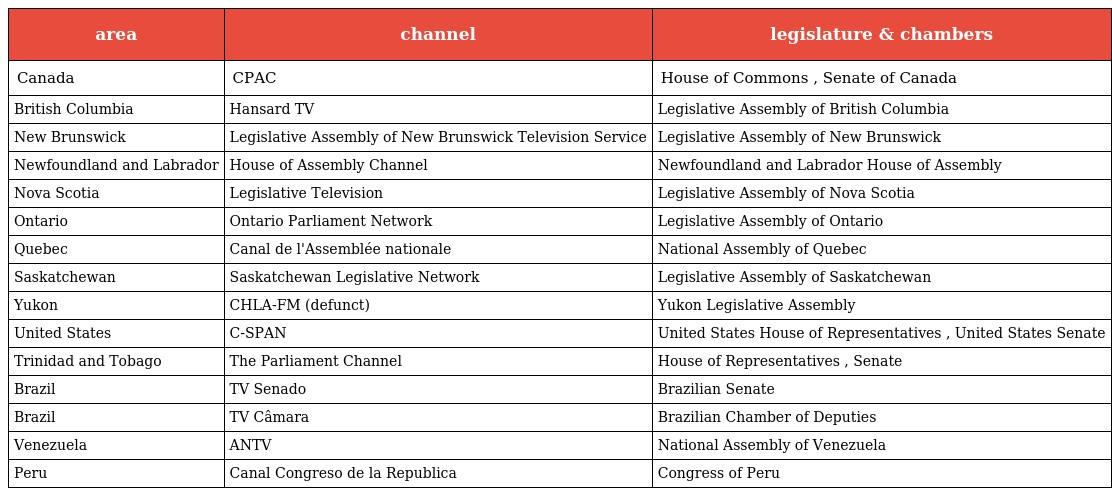
| area | channel | legislature & chambers |
 | --- | --- | --- |
 | Canada | CPAC | House of Commons , Senate of Canada |
 | British Columbia | Hansard TV | Legislative Assembly of British Columbia |
 | New Brunswick | Legislative Assembly of New Brunswick Television Service | Legislative Assembly of New Brunswick |
 | Newfoundland and Labrador | House of Assembly Channel | Newfoundland and Labrador House of Assembly |
 | Nova Scotia | Legislative Television | Legislative Assembly of Nova Scotia |
 | Ontario | Ontario Parliament Network | Legislative Assembly of Ontario |
 | Quebec | Canal de l'Assemblée nationale | National Assembly of Quebec |
 | Saskatchewan | Saskatchewan Legislative Network | Legislative Assembly of Saskatchewan |
 | Yukon | CHLA-FM (defunct) | Yukon Legislative Assembly |
 | United States | C-SPAN | United States House of Representatives , United States Senate |
 | Trinidad and Tobago | The Parliament Channel | House of Representatives , Senate |
 | Brazil | TV Senado | Brazilian Senate |
 | Brazil | TV Câmara | Brazilian Chamber of Deputies |
 | Venezuela | ANTV | National Assembly of Venezuela |
 | Peru | Canal Congreso de la Republica | Congress of Peru |